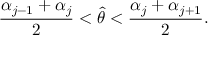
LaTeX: { \frac { \alpha _ { j - 1 } + \alpha _ { j } } { 2 } } < \hat { \theta } < { \frac { \alpha _ { j } + \alpha _ { j + 1 } } { 2 } } .